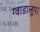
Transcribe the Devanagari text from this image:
ग्वाडालूप।